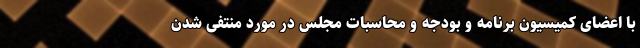
با اعضای کمیسیون برنامه و بودجه و محاسبات مجلس در مورد منتفی شدن